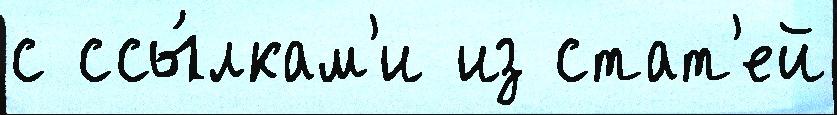
с ссы́лкам'и из стат'ей